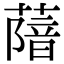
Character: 𦺼